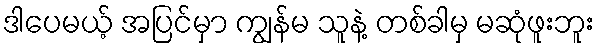
ဒါပေမယ့် အပြင်မှာ ကျွန်မ သူနဲ့ တစ်ခါမှ မဆုံဖူးဘူး